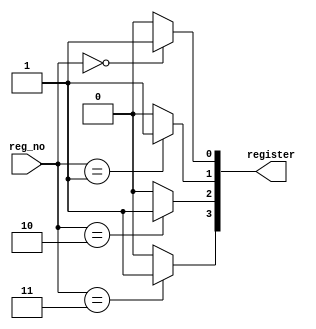
module decoder2to4(register,reg_no);
    //it takes a 2bit input (the register code) and returns which register it symbolise
    input [1:0]reg_no;
    output [3:0]register;
    reg [3:0] register;

    integer i;



    always@(reg_no) 
    begin
        for(i=0;i<4;i++)
            register[i]<=0;

        case(reg_no)
            2'b00: register[0]<=1;
            2'b01: register[1]<=1;
            2'b10: register[2]<=1;
            2'b11: register[3]<=1;
        endcase
    end
endmodule